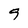
Character: 9